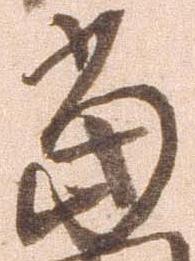
当